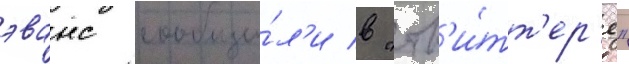
эванс сообщи́л'и в "тв'и́тт'ер'е"